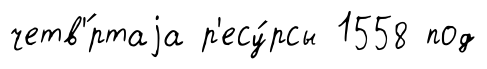
четв'́ртаjа р'есу́рсы 1558 под